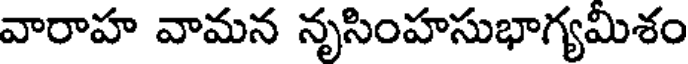
వారాహ వామన నృసింహసుభాగ్యమిశం